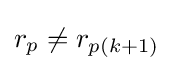
r_{p}\neq r_{p(k+1)}